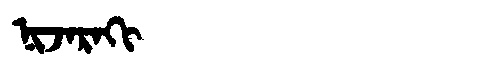
Manchu: ᠨᡳᠵᠠᡵᠠᡴᡳ
Romanization: NIJARAKI